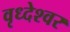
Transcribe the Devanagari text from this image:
वृध्देश्वर